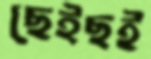
ছেইছই